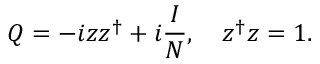
Q = - i z z ^ { \dagger } + i \frac { I } { N } , \quad z ^ { \dagger } z = 1 .